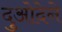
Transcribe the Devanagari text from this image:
दुओदेने